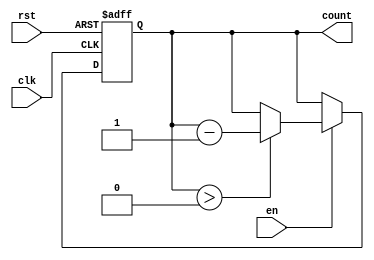
module decremental_counter #(
    parameter WIDTH = 4,          // Width of the memory block (bits)
    parameter MAX_VAL = 15        // Maximum value for the counter (for WIDTH = 4)
)(
    input wire clk,               // Clock input
    input wire rst,               // Asynchronous reset
    input wire en,                // Enable signal
    output reg [WIDTH-1:0] count  // Current count value
);

// Asynchronous reset and counter behavior
always @(posedge clk or posedge rst) begin
    if (rst) begin
        count <= MAX_VAL;           // Reset to maximum value
    end else if (en) begin
        if (count > 0) begin
            count <= count - 1;     // Decrement the counter
        end
        // If count is zero, it remains zero until reset
    end
end

endmodule